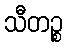
သီတဉ္စ